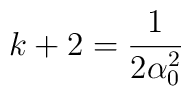
k+2 = \frac{1}{2 \alpha_0^2 }